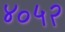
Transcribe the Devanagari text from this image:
४०५२